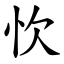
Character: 忺